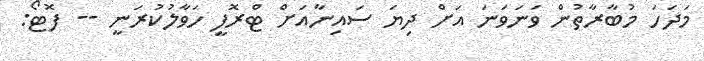
މަދަހަ މުބާރާތުން ވަނަވަނަ އަށް ދިޔަ ސައިނާއަށް ޓްރޮފީ ހަވާލުކުރަނީ -- ފޮޓޯ: